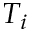
T _ { i }